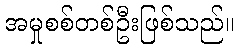
အမှုစစ်တစ်ဦးဖြစ်သည်။